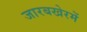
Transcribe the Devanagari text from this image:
जारबखेरमें